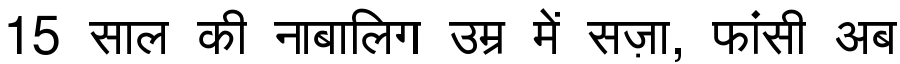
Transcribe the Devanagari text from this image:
15 साल की नाबालिग उम्र में सज़ा, फांसी अब